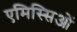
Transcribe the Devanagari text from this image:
एमिस्सिओं